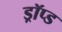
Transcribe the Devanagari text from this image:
ड्रॉप्ड